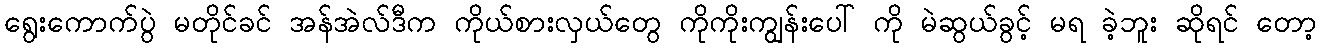
ရွေးကောက်ပွဲ မတိုင်ခင် အန်အဲလ်ဒီက ကိုယ်စားလှယ်တွေ ကိုကိုးကျွန်းပေါ် ကို မဲဆွယ်ခွင့် မရ ခဲ့ဘူး ဆိုရင် တော့